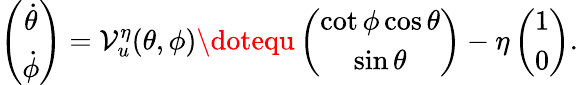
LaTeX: \left(\begin{array}{c}{\dot{\theta}}\\ {\dot{\phi}}\end{array}\right)=\mathcal{V}_{u}^{\eta}(\theta,\phi)\dotequ\left(\begin{array}{c}{\cot\phi\cos\theta}\\ {\sin\theta}\end{array}\right)-\eta\left(\begin{array}{c}{1}\\ {0}\end{array}\right).